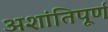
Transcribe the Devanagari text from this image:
अशांतिपूर्ण